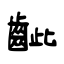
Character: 齜